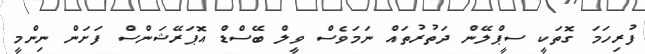
ފުރިހަމަ ގޮތަކީ ސީޕްލޭން ދަތުރުތައް ނަމަވެސް ވީލް ބޭސްޑް އޮޕަރޭޝަންސް ފަށަން ނިންމީ